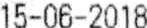
15-06-2018